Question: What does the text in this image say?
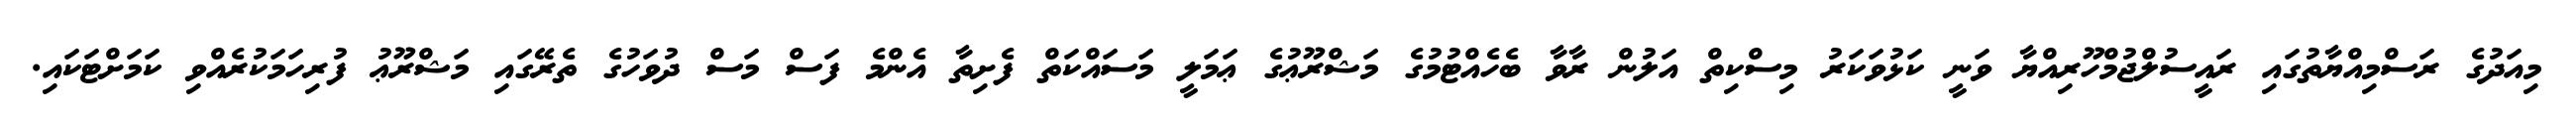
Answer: މިއަދުގެ ރަސްމިއްޔާތުގައި ރައީސުލްޖުމްހޫރިއްޔާ ވަނީ ކަޅުވަކަރު މިސްކިތް އަލުން ރާވާ ބެހެއްޓުމުގެ މަޝްރޫޢުގެ ޢަމަލީ މަސައްކަތް ފެށިތާ އެންމެ ފަސް މަސް ދުވަހުގެ ތެރޭގައި މަޝްރޫޢު ފުރިހަމަކުރެއްވި ކަމަށްޓަކައި.